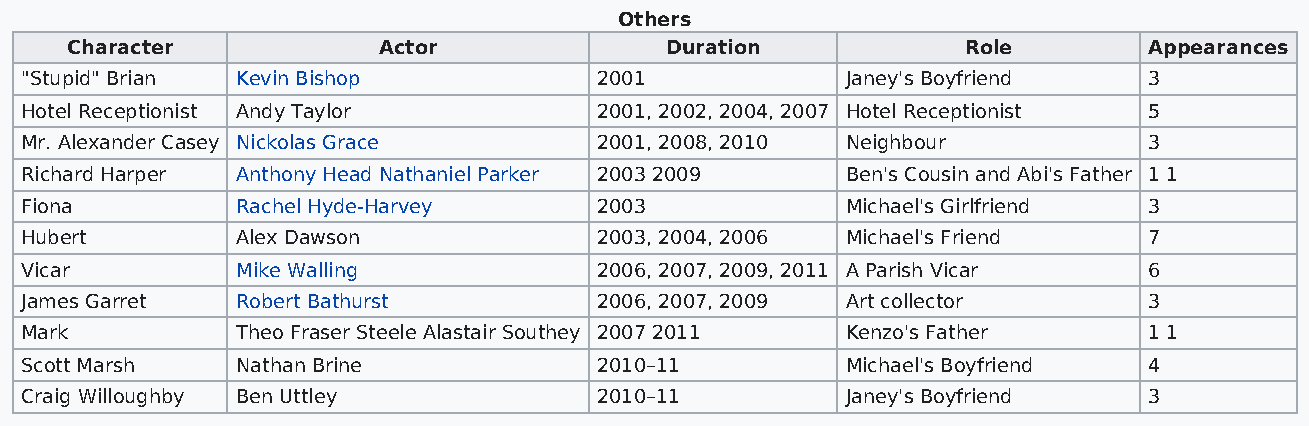
Others
 Character            Actor              Duration            Role        Appearances
 "Stupid" Brian Kevin Bishop            2001            Janey's Boyfriend   3
 Hotel Receptionist Andy Taylor         2001, 2002, 2004, 2007 Hotel Receptionist 5
 Mr. Alexander Casey Nickolas Grace     2001, 2008, 2010 Neighbour          3
 Richard Harper Anthony Head Nathaniel Parker 2003 2009 Ben's Cousin and Abi's Father 1 1
 Fiona          Rachel Hyde-Harvey      2003            Michael's Girlfriend 3
 Hubert         Alex Dawson             2003, 2004, 2006 Michael's Friend   7
 Vicar          Mike Walling            2006, 2007, 2009, 2011 A Parish Vicar 6
 James Garret   Robert Bathurst         2006, 2007, 2009 Art collector      3
 Mark           Theo Fraser Steele Alastair Southey 2007 2011 Kenzo's Father 1 1
 Scott Marsh    Nathan Brine            2010–11         Michael's Boyfriend 4
 Craig Willoughby Ben Uttley            2010–11         Janey's Boyfriend   3